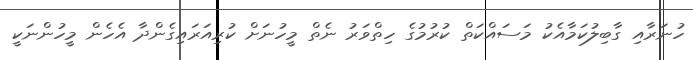
ހުނަރާއި ގާބިލުކަމާއެކު މަސައްކަތް ކުރުމުގެ ހިތްވަރު ނެތް މީހުނަށް ކުރިއަރައިގެންދާ އެހެން މީހުންނަކީ